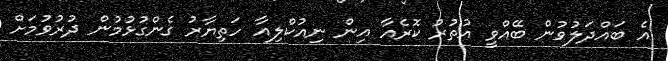
އެ ބައްދަލުވުން ބޭއްވީ އުތުރު ކޮރެއާ އިން ނިއުކްލިއާ ހަތިޔާރު ގެންގުޅުމުން ދުރުވުމަށް